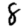
Digit: 8